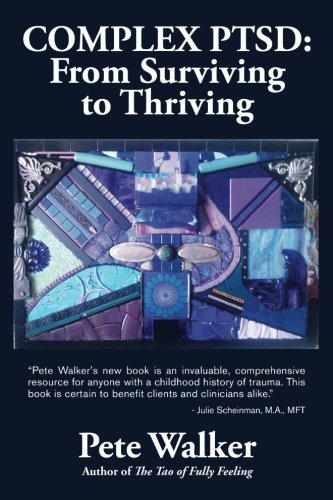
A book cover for Complex PTSD: From Surviving to Thriving: A GUIDE AND MAP FOR RECOVERING FROM CHILDHOOD TRAUMA; Pete Walker; Health, Fitness & Dieting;